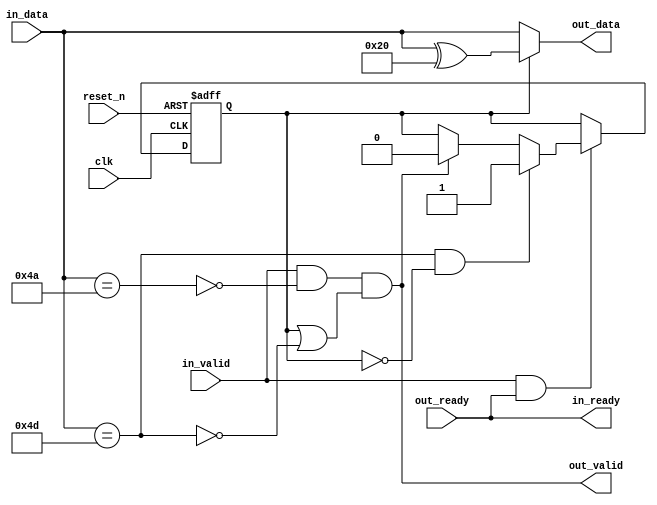
// Copyright 2009 Altera Corporation. All rights reserved.  
// Your use of Altera Corporation's design tools, logic functions and other software and tools, and its AMPP partner logic 
// functions, and any output files any of the foregoing (including device programming or simulation files), and any associated 
// documentation or information are expressly subject to the terms and conditions of the Altera Program License Subscription 
// Agreement, Altera MegaCore Function License Agreement, or other applicable license agreement, including, without limitation, 
// that your use is for the sole purpose of programming logic devices manufactured by Altera and sold by Altera or its authorized 
// distributors.  Please refer to the applicable agreement for further details.


`timescale 1ns / 100ps
module ddr2_v10_1_altera_avalon_st_idle_remover (

      input              clk,
      input              reset_n,
      output reg         in_ready,
      input              in_valid,
      input      [7: 0]  in_data,

      input              out_ready,
      output reg         out_valid,
      output reg [7: 0]  out_data
);


   reg  received_esc;
   wire escape_char, idle_char;


   assign idle_char = (in_data == 8'h4a);
   assign escape_char = (in_data == 8'h4d);

   always @(posedge clk or negedge reset_n) begin
      if (!reset_n) begin
         received_esc <= 0; 
      end else begin
         if (in_valid & in_ready) begin
            if (escape_char & ~received_esc) begin
                 received_esc <= 1;
            end else if (out_valid) begin
                 received_esc <= 0;
            end
         end
      end
   end

   always @* begin
      in_ready = out_ready;
      out_valid = in_valid & ~idle_char & (received_esc | ~escape_char);
      out_data = received_esc ? (in_data ^ 8'h20) : in_data;
   end
endmodule